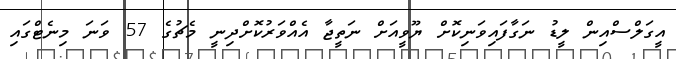
އީގަލްސްއިން ލީޑު ނަގާފައިވަނިކޮށް ޔޫވީއަށް ނަތީޖާ އެއްވަރުކޮށްދިނީ މެޗުގެ 57 ވަނަ މިނެޓްގައި